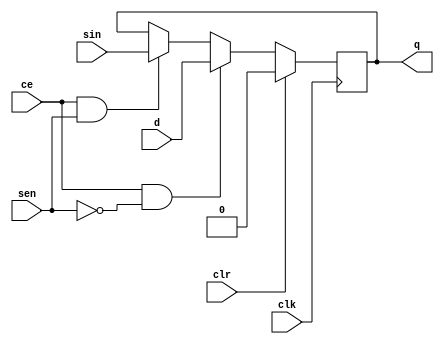
`timescale 1ns/100ps 
module ScanReg (
	input d,
	input sin,
	output q,
	input sen,
	input clk,
	input clr,
	input ce
	);
	
	reg q_REG;
	always @(posedge clk)
		if (clr == 1'b1)
			q_REG <= 1'd0;
		else if (ce == 1'b1 && sen == 1'b0)
			q_REG <= d;
		else if (ce == 1'b1 && sen == 1'b1)
			q_REG <= sin;
		else
			q_REG <= q_REG;
	assign q = q_REG;
	
endmodule

module ScanReg8 (
	input [7:0] d,
	output[7:0] q,
	input sin,
	output sout,
	input sen,
	input clk,
	input clr,
	input ce
    );
	 
	reg [7:0] q_REG;
	always @(posedge clk) 
		if (clr == 1'b1)
			q_REG <= 8'd0;
		else if (ce == 1'b1 && sen == 1'b0)
			q_REG <= d;
		else if (ce == 1'b1 && sen == 1'b1)
			q_REG <= {sin,q_REG[7:1]};
		else
			q_REG <= q_REG;
	assign q = q_REG;
	assign sout = q_REG[0];
endmodule

module ScanReg32 (
	input [31:0] d,
	output[31:0] q,
	input sin,
	output sout,
	input sen,
	input clk,
	input clr,
	input ce
    );
	 
	reg [31:0] q_REG;
	always @(posedge clk) 
		if (clr == 1'b1)
			q_REG <= 32'd0;
		else if (ce == 1'b1 && sen == 1'b0)
			q_REG <= d;
		else if (ce == 1'b1 && sen == 1'b1)
			q_REG <= {sin,q_REG[31:1]};
		else
			q_REG <= q_REG;
	assign q = q_REG;
	assign sout = q_REG[0];
endmodule

module ScanReg40 (
	input [39:0] d,
	output[39:0] q,
	input sin,
	output sout,
	input sen,
	input clk,
	input clr,
	input ce
    );
	 
	reg [39:0] q_REG;
	always @(posedge clk) 
		if (clr == 1'b1)
			q_REG <= 40'd0;
		else if (ce == 1'b1 && sen == 1'b0)
			q_REG <= d;
		else if (ce == 1'b1 && sen == 1'b1)
			q_REG <= {sin,q_REG[39:1]};
		else
			q_REG <= q_REG;
	assign q = q_REG;
	assign sout = q_REG[0];
endmodule